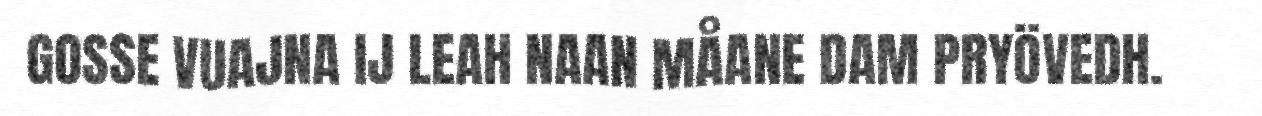
GOSSE VUAJNA IJ LEAH NAAN MÅANE DAM PRYÖVEDH.